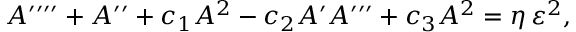
A ^ { \prime \prime \prime \prime } + A ^ { \prime \prime } + { c } _ { 1 } A ^ { 2 } - { c } _ { 2 } A ^ { \prime } A ^ { \prime \prime \prime } + { c } _ { 3 } A ^ { 2 } = \eta \, \varepsilon ^ { 2 } ,